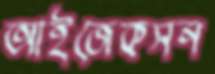
আইজেকসন